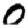
Digit: 0